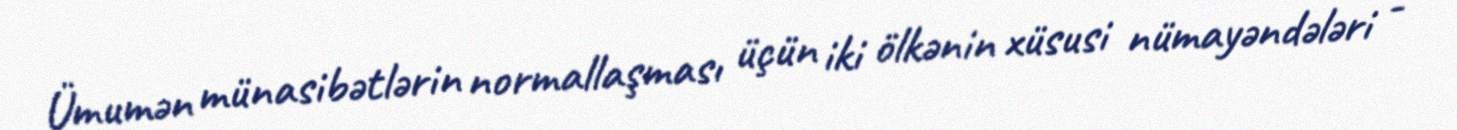
Ümumən münasibətlərin normallaşması üçün iki ölkənin xüsusi nümayəndələri -